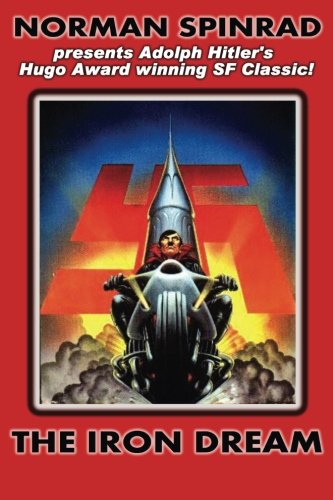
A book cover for The Iron Dream; Norman Spinrad; Science Fiction & Fantasy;